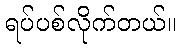
ရပ်ပစ်လိုက်တယ်။